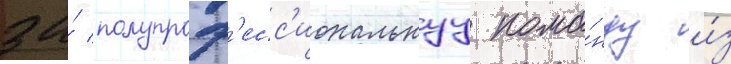
за́ полупроф'есс'иональнуу кома́нду и́з